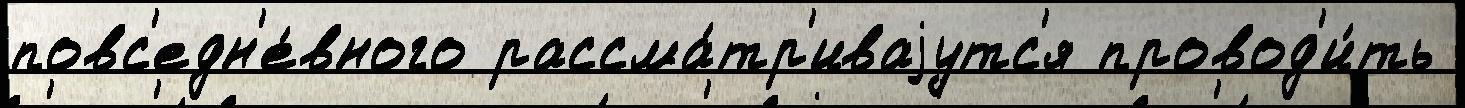
повс'едн'е́вного рассма́тр'иваjутс'я провод'и́ть